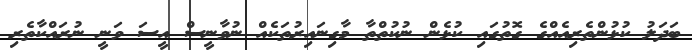
ބަދަލު ކުޅުންތެރިއެއްގެ ގޮތުގައި ކުޅެން ނުކުތްތާ މާގިނައިރުތަކެއް ނުވާނީސް އީސަ ވަނީ ނުރައްކާތެރި